画像に写った文字を読んでください
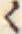
「〻」と書いてあります